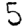
Digit: 5